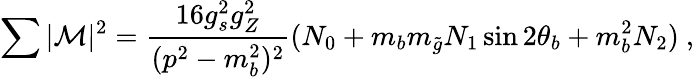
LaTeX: \sum|{\cal M}|^{2}={\frac{16g_{s}^{2}g_{Z}^{2}}{(p^{2}-m_{b}^{2})^{2}}}(N_{0}+m_{b}m_{\tilde{g}}N_{1}\sin 2\theta_{b}+m_{b}^{2}N_{2})\ ,